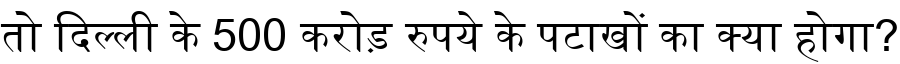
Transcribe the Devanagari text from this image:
तो दिल्ली के 500 करोड़ रुपये के पटाखों का क्या होगा?